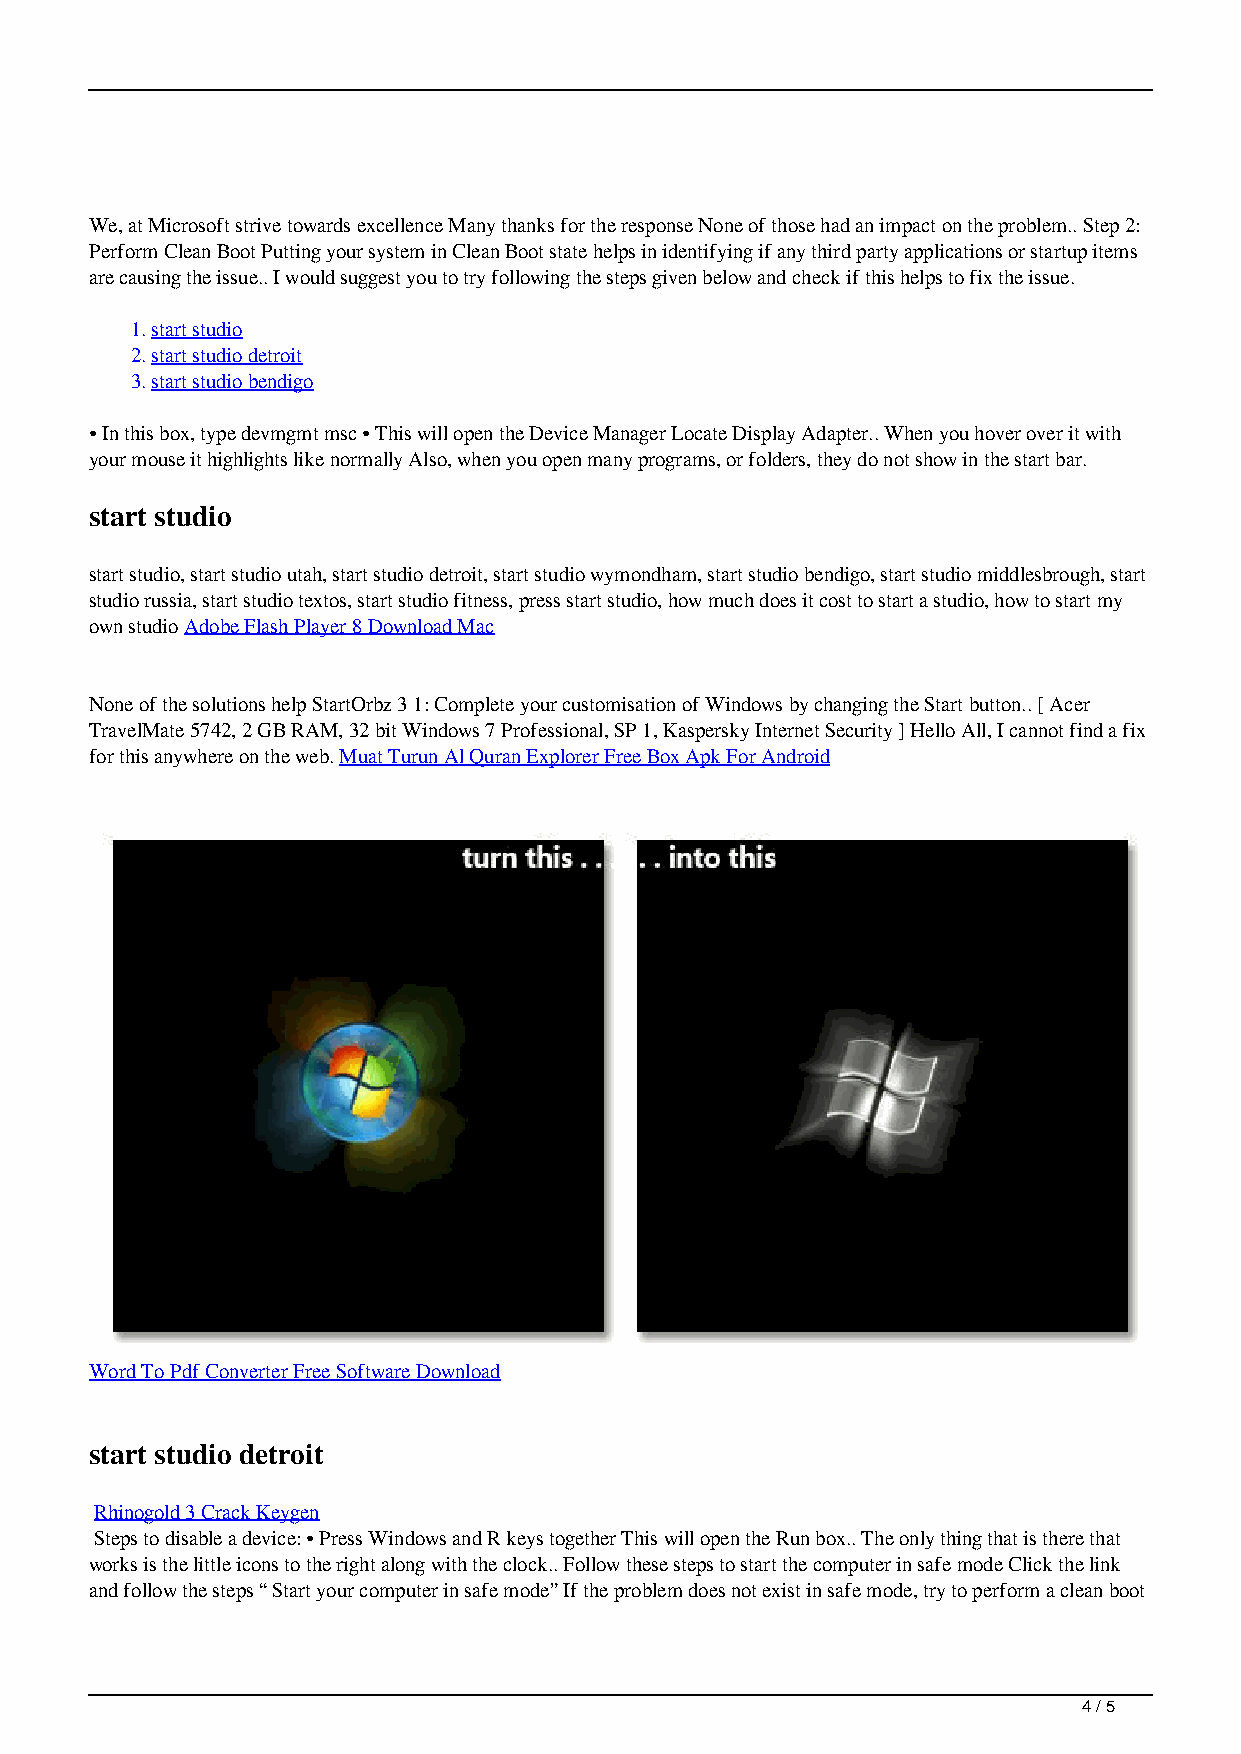
We, at Microsoft strive towards excellence Many thanks for the response None of those had an impact on the problem.. Step 2:
 Perform Clean Boot Putting your system in Clean Boot state helps in identifying if any third party applications or startup items
 are causing the issue.. I would suggest you to try following the steps given below and check if this helps to fix the issue.
 1.start studio
 2.start studio detroit
 3.start studio bendigo
 • In this box, type devmgmt msc • This will open the Device Manager Locate Display Adapter.. When you hover over it with
 your mouse it highlights like normally Also, when you open many programs, or folders, they do not show in the start bar.
 start studio
 start studio, start studio utah, start studio detroit, start studio wymondham, start studio bendigo, start studio middlesbrough, start
 studio russia, start studio textos, start studio fitness, press start studio, how much does it cost to start a studio, how to start my
 own studio Adobe Flash Player 8 Download Mac
 None of the solutions help StartOrbz 3 1: Complete your customisation of Windows by changing the Start button.. [ Acer
 TravelMate 5742, 2 GB RAM, 32 bit Windows 7 Professional, SP 1, Kaspersky Internet Security ] Hello All, I cannot find a fix
 for this anywhere on the web. Muat Turun Al Quran Explorer Free Box Apk For Android
 Word To Pdf Converter Free Software Download
 start studio detroit
 Rhinogold 3 Crack Keygen
 Steps to disable a device: • Press Windows and R keys together This will open the Run box.. The only thing that is there that
 works is the little icons to the right along with the clock.. Follow these steps to start the computer in safe mode Click the link
 and follow the steps “ Start your computer in safe mode” If the problem does not exist in safe mode, try to perform a clean boot
 4 / 5